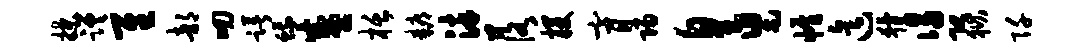
揲蹉隹部叨躇蛾盛栝耨染落攫膏归皇舄帷迄猾谒恐狱阡